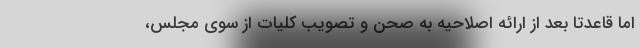
اما قاعدتا بعد از ارائه اصلاحیه به صحن و تصویب کلیات از سوی مجلس،